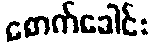
စောက်ခေါင်း